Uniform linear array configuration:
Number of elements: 4
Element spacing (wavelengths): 0.75
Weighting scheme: uniform
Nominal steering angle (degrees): -30
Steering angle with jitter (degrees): -28.351
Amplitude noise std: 0.05
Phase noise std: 0.05

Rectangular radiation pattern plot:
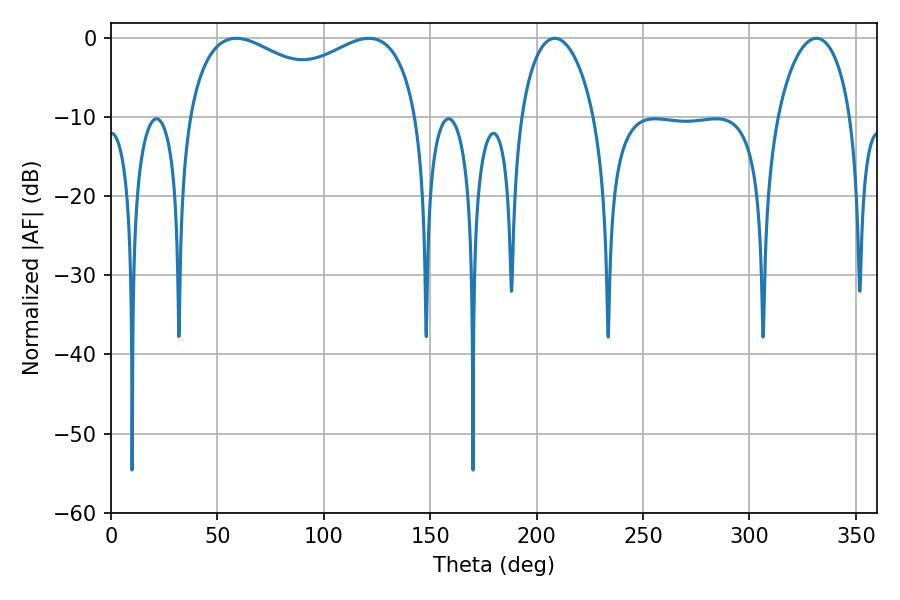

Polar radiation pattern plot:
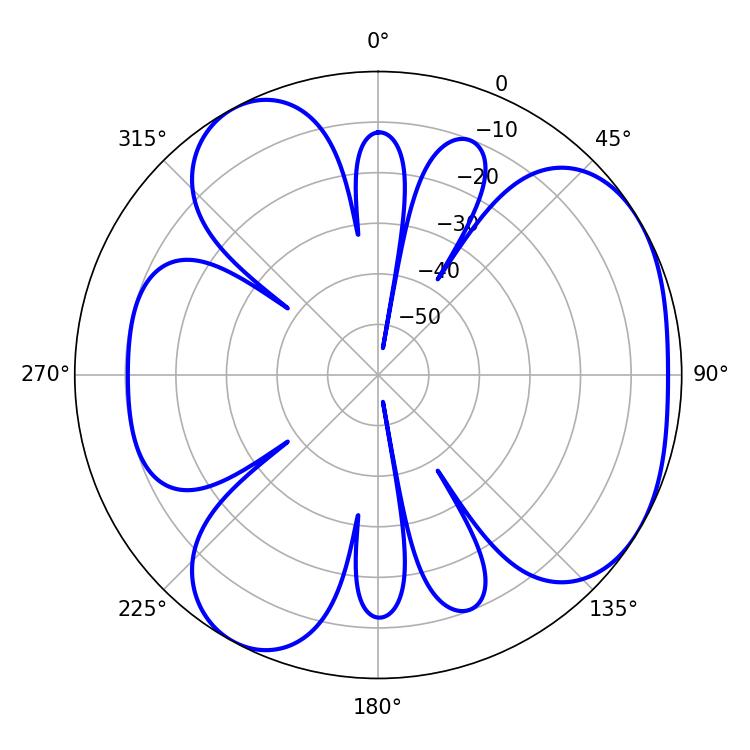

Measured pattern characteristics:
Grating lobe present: TRUE
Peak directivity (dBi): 4.468
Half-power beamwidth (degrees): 90
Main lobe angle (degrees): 58.86